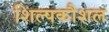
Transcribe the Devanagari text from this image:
शिल्पकौशल